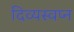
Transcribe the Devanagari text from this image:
दिव्यस्वप्न